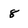
Character: 8